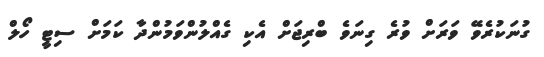
ގުނަކުރެވޭ ވަރަށް ވުރެ ގިނަވެ ބްރިޖަށް އެކި ގެއްލުންވަމުންދާ ކަމަށް ސިޓީ ހޯލް